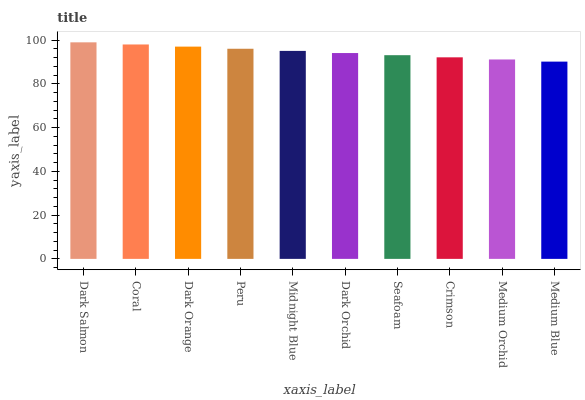
| xaxis_label | bars |
 | --- | --- |
 | Dark Salmon | 99 |
 | Coral | 98 |
 | Dark Orange | 97 |
 | Peru | 96.1 |
 | Midnight Blue | 95.1 |
 | Dark Orchid | 94.1 |
 | Seafoam | 93.1 |
 | Crimson | 92.1 |
 | Medium Orchid | 91.2 |
 | Medium Blue | 90.2 |